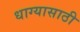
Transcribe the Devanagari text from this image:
धाग्यासाठी